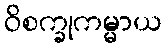
ဝိစက္ခုကမ္မာယ